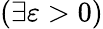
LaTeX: (\exists\varepsilon>0)